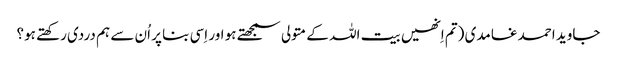
جاوید احمد غامدی (تم اِنھیں بیت اللہ کے متولی سمجھتے ہو اور اِسی بنا پر اُن سے ہم دردی رکھتے ہو؟